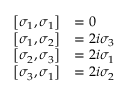
{ \begin{array} { r l } { \left[ \sigma _ { 1 } , \sigma _ { 1 } \right] } & { = 0 } \\ { \left[ \sigma _ { 1 } , \sigma _ { 2 } \right] } & { = 2 i \sigma _ { 3 } } \\ { \left[ \sigma _ { 2 } , \sigma _ { 3 } \right] } & { = 2 i \sigma _ { 1 } } \\ { \left[ \sigma _ { 3 } , \sigma _ { 1 } \right] } & { = 2 i \sigma _ { 2 } } \end{array} }